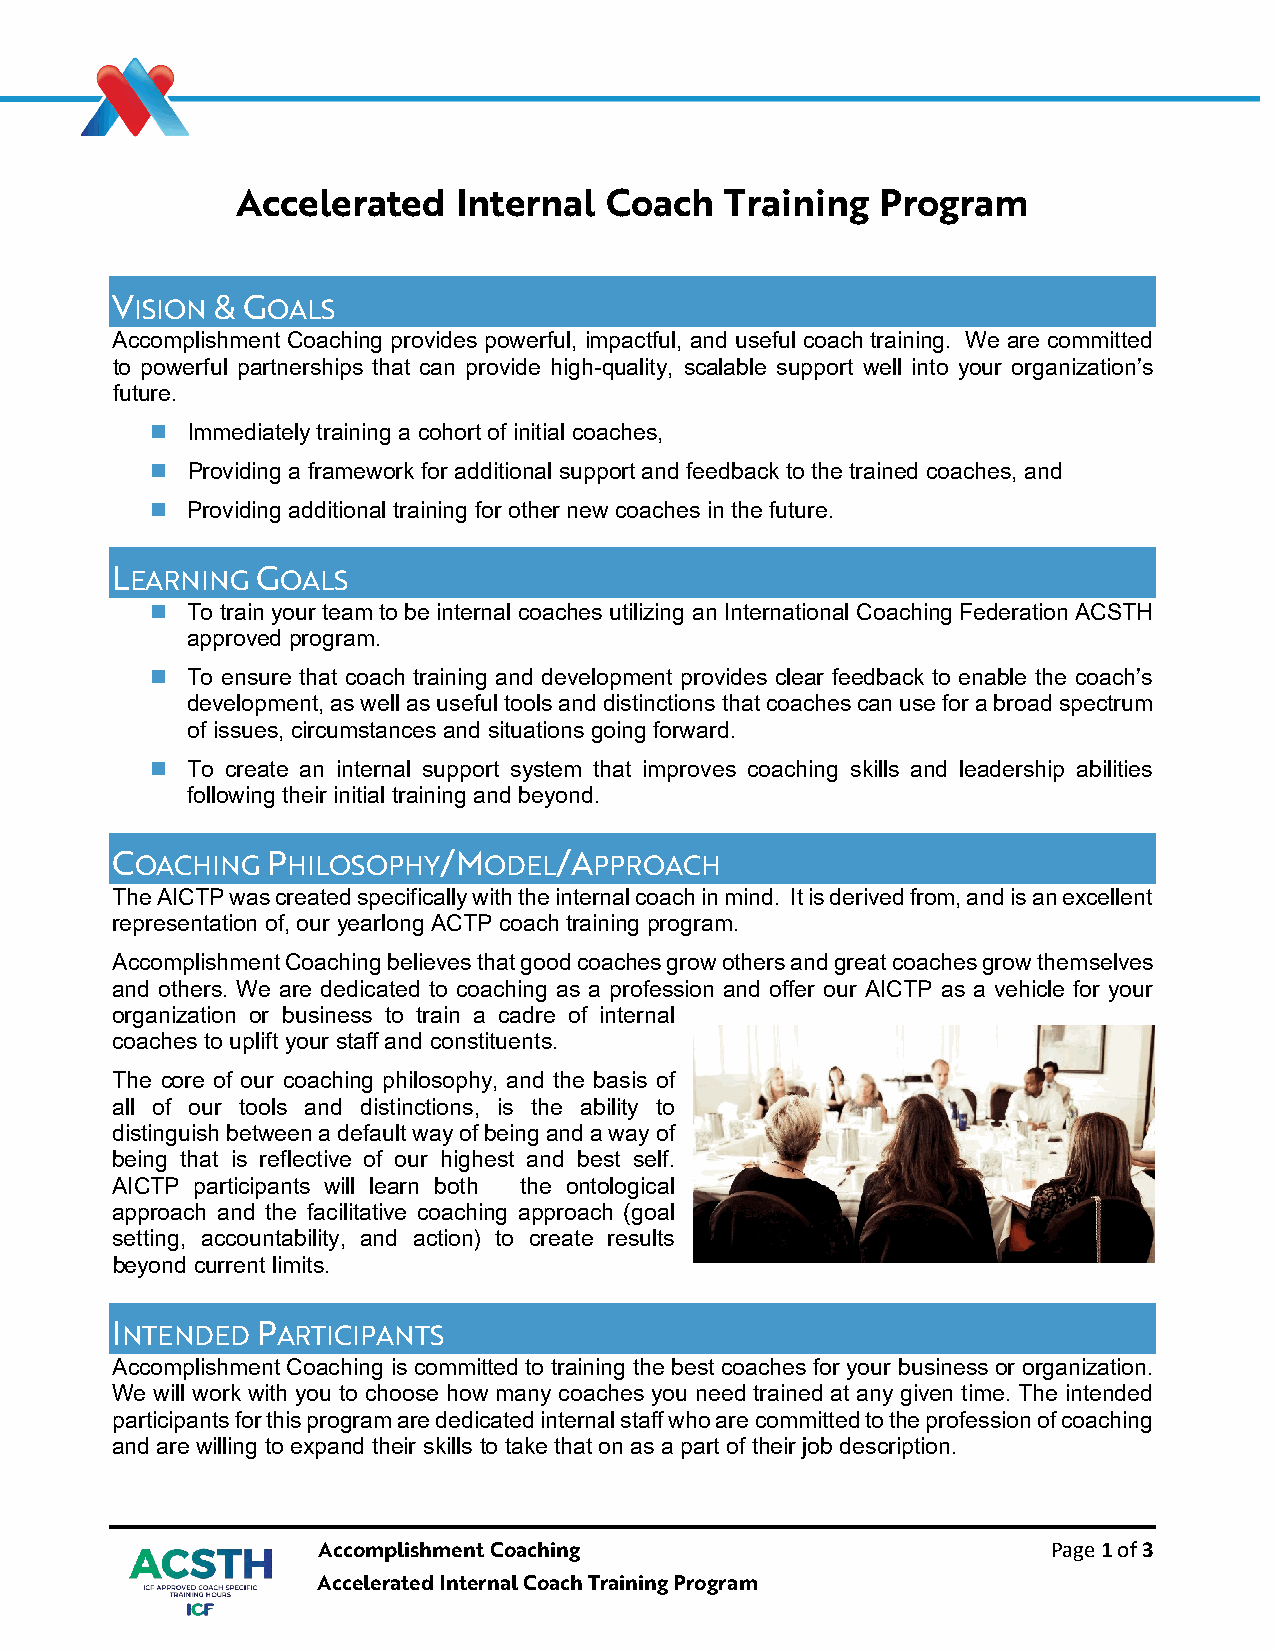
Accelerated   Internal  Coach   Training  Program
 VISION & GOALS
 Accomplishment Coaching provides powerful, impactful, and useful coach training. We are committed
 to powerful partnerships that can provide high-quality, scalable support well into your organization’s
 future.
  Immediately training a cohort of initial coaches,
  Providing a framework for additional support and feedback to the trained coaches, and
  Providing additional training for other new coaches in the future.
 LEARNING  GOALS
  To train your team to be internal coaches utilizing an International Coaching Federation ACSTH
 approved program.
  To ensure that coach training and development provides clear feedback to enable the coach’s
 development, as well as useful tools and distinctions that coaches can use for a broad spectrum
 of issues, circumstances and situations going forward.
  To create an internal support system that improves coaching skills and leadership abilities
 following their initial training and beyond.
 COACHING   PHILOSOPHY/MODEL/APPROACH
 The AICTP was created specifically with the internal coach in mind. It is derived from, and is an excellent
 representation of, our yearlong ACTP coach training program.
 Accomplishment Coaching believes that good coaches grow others and great coaches grow themselves
 and others. We are dedicated to coaching as a profession and offer our AICTP as a vehicle for your
 organization or business to train a cadre of internal
 coaches to uplift your staff and constituents.
 The core of our coaching philosophy, and the basis of
 all of our tools and distinctions, is the ability to
 distinguish between a default way of being and a way of
 being that is reflective of our highest and best self.
 AICTP participants will learn both the ontological
 approach and the facilitative coaching approach (goal
 setting, accountability, and action) to create results
 beyond current limits.
 INTENDED  PARTICIPANTS
 Accomplishment Coaching is committed to training the best coaches for your business or organization.
 We will work with you to choose how many coaches you need trained at any given time. The intended
 participants for this program are dedicated internal staff who are committed to the profession of coaching
 and are willing to expand their skills to take that on as a part of their job description.
 Accomplishment Coaching                          Page 1 of 3
 Accelerated Internal Coach Training Program